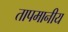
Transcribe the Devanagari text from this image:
तापमानीय